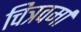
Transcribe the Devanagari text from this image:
चित्रवर्मा